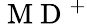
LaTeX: \mathrm{~M~D~}^{+}